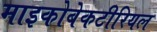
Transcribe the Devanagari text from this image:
माइकोबेकटीरियल